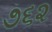
૭૬૨